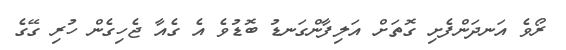
ރޯވެ އަނދަންފެށި ގޮތަށް އަލިފާންގަނޑު ބޮޑުވެ އެ ގެއާ ޖެހިގެން ހުރި ގޭގެ